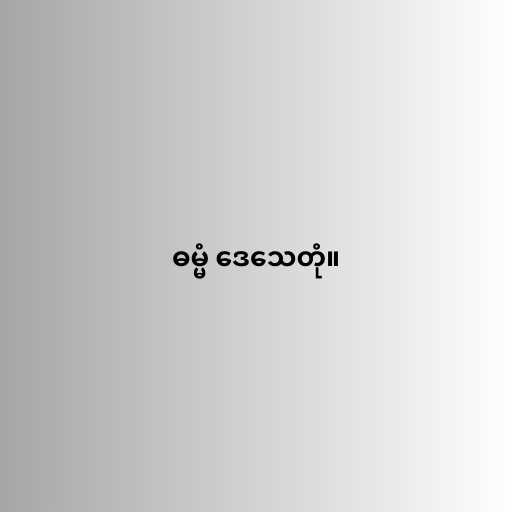
ဓမ္မံ ဒေသေတုံ။